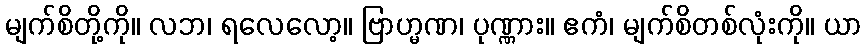
မျက်စိတို့ကို။ လဘ၊ ရလေလော့။ ဗြာဟ္မဏ၊ ပုဏ္ဏား။ ဧကံ၊ မျက်စိတစ်လုံးကို။ ယာ